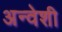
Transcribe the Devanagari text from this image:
अन्वेशी